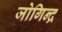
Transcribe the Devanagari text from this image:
जोगिन्द्र